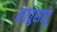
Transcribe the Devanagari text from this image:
सावुसावु